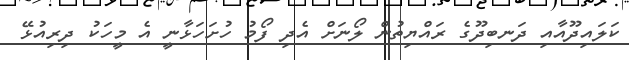
ކަލައިދޫއާއި ދަނބިދޫގެ ރައްޔިތުން ލޯނަށް އެދި ފޯމު ހުށަހަޅާނީ އެ މީހަކު ދިރިއުޅޭ